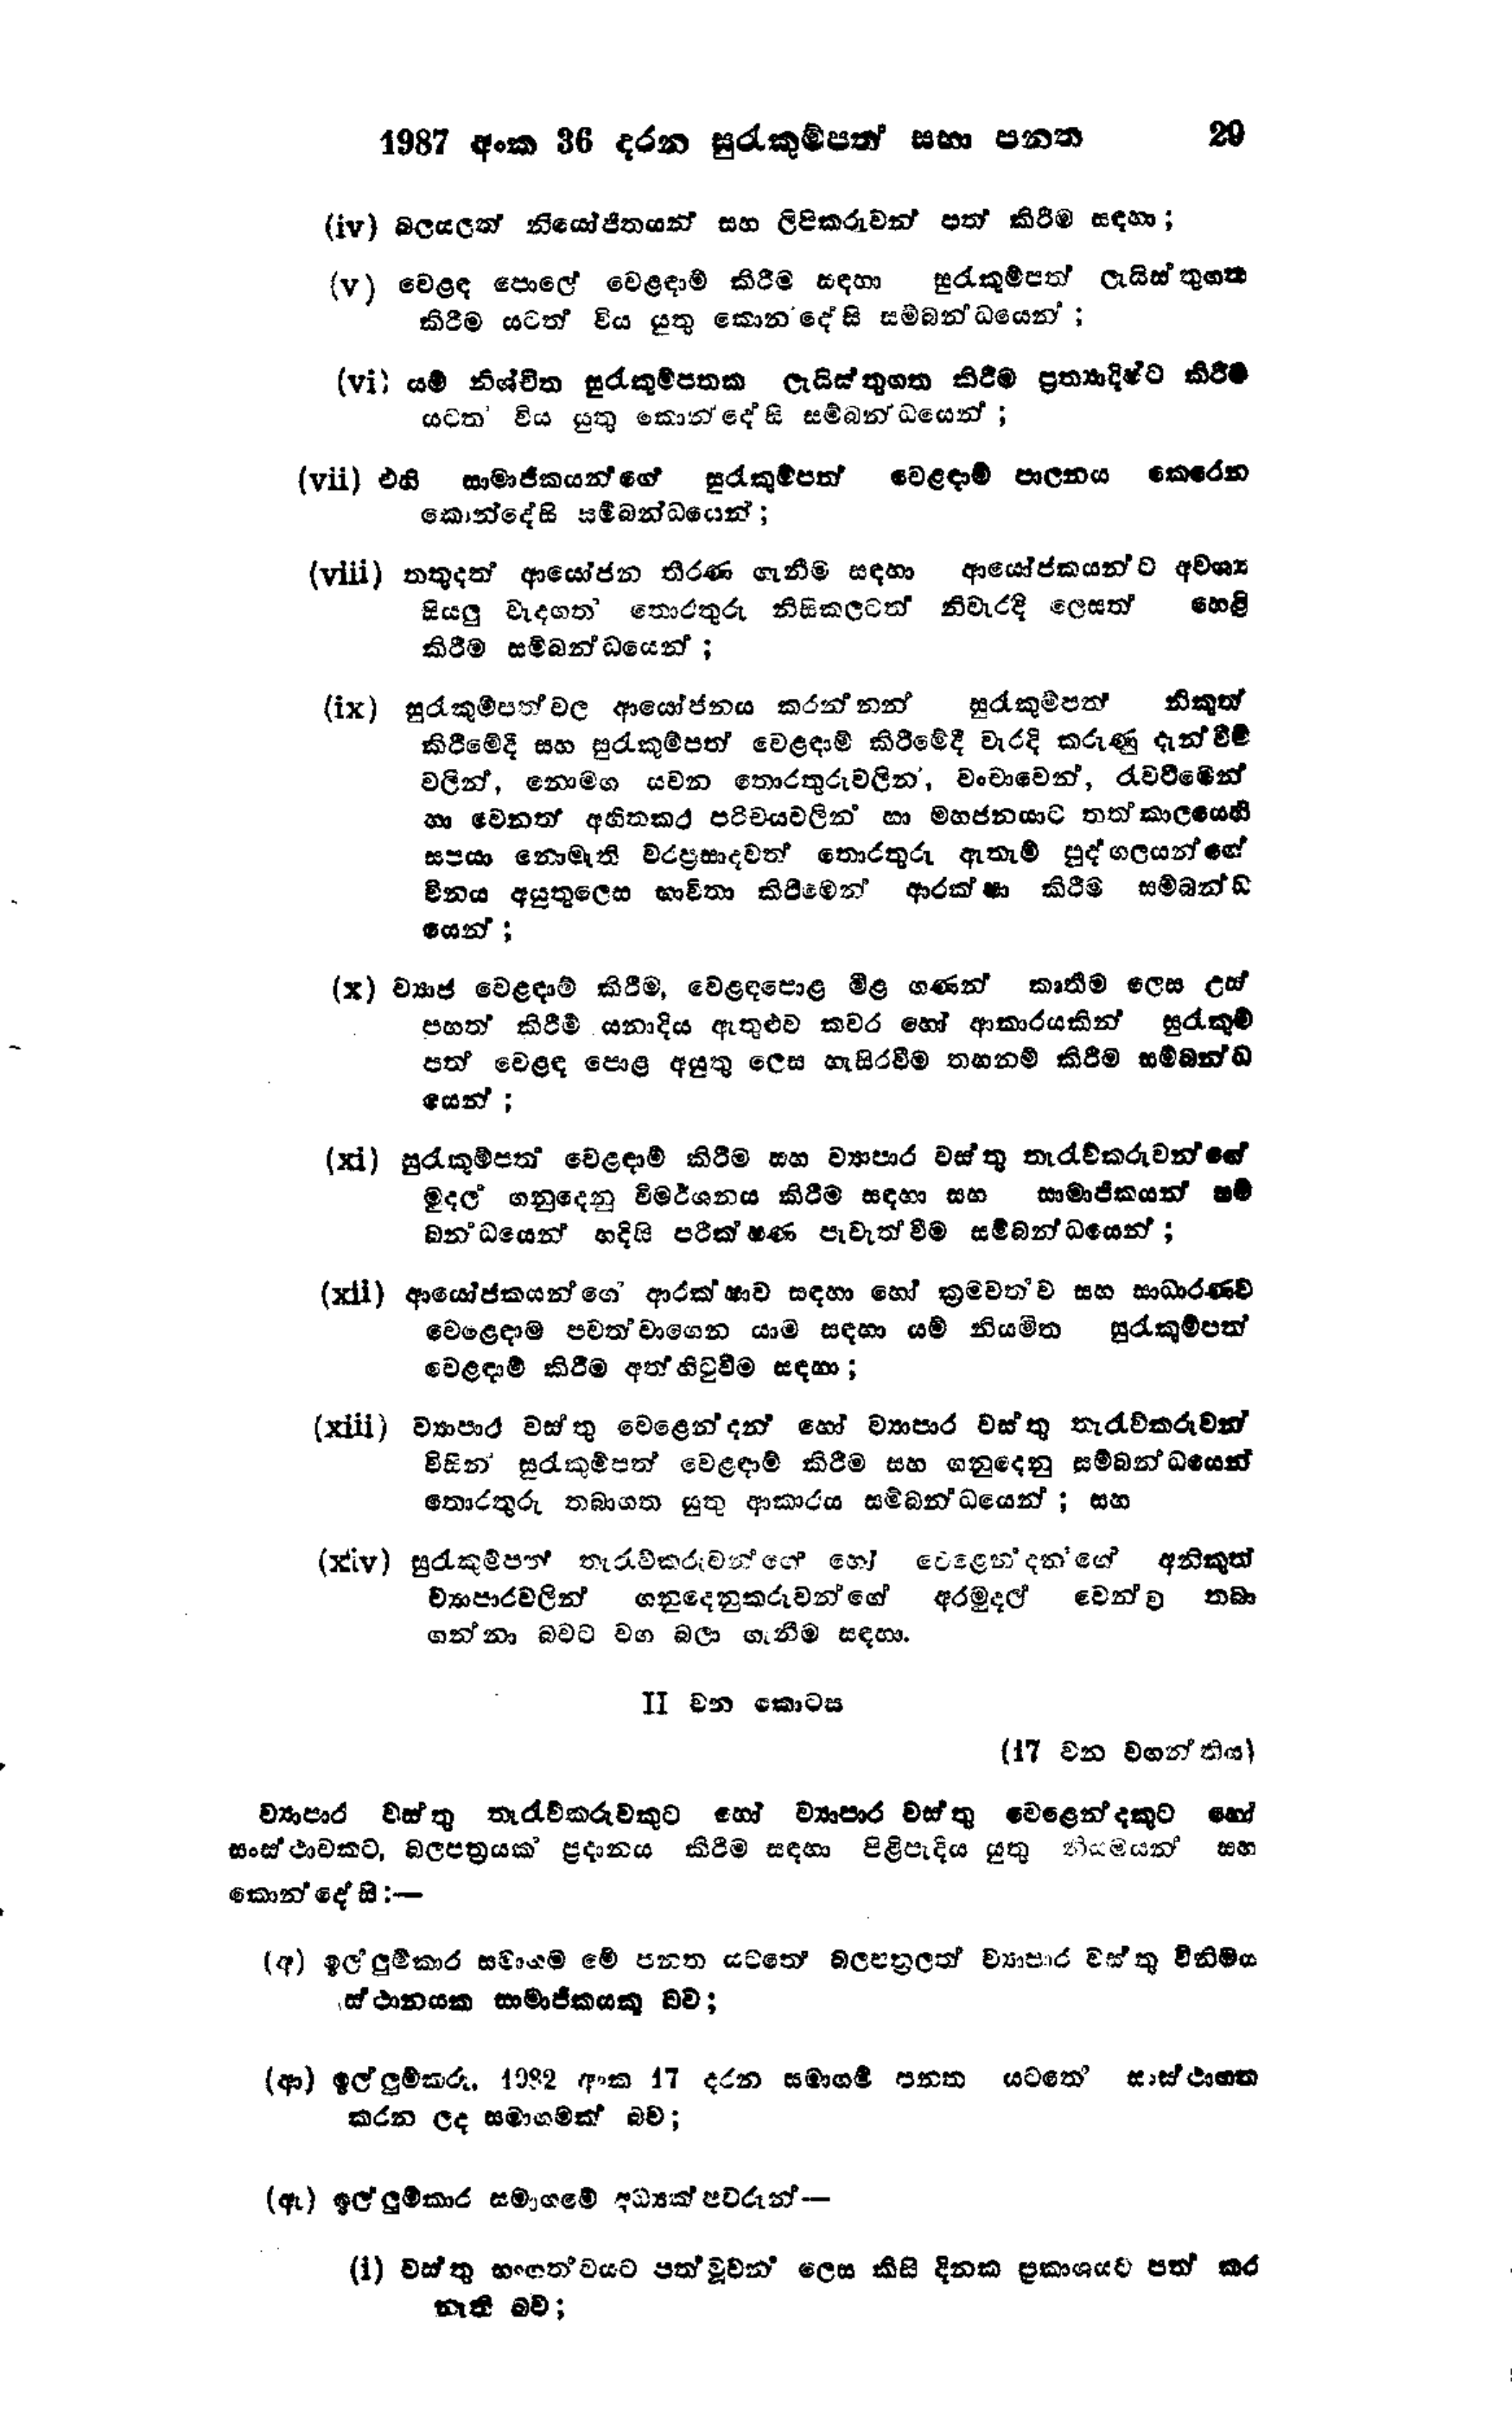
1987 අංක 36 දරන සුරැකුම්පත් සභා පනත 29

(iv) බලයලත් නියෝජිතයන් සහ ලිපිකරුවන් පත් කිරීම සඳහා;

(v) වෙළඳ පොලේ වෙළඳාම් කිරීම සඳහා සුරැකුම්පත් ලැයිස්තුගත
කිරීම යටත් විය යුතු කොන්දේසි සම්බන්ධයෙන්;

(vi) යම් නිශ්චිත සුරැකුම්පතක ලැයිස්තුගත කිරීම ප්‍රත්‍යාදීෂ්ට කිරීම්
යටත‍් විය යුතු කොන්දේසි සම්බන්ධයෙන්;

(vii) එහි සාමාජිකයන්ගේ සුරැකුම්පත් වෙළඳාම් පාලනය කෙරෙන
කොන්දේසි සම්බන්ධයෙන්;

(viii) තතුදත් ආයෝජන තීරණ ගැනීම සඳහා ආයෝජකයන්ට අවශ්‍ය
සියලු වැදගත් තොරතුරු නිසිකලටත් නිවැරදි ලෙසත් හෙළි
කිරීම සම්බන්ධයෙන්;

(ix) සුරැකුම්පත්වල ආයෝජනය කරන්නන් සුරැකුම්පත් නිකුත්
කිරීමේදී සහ සුරැකුම්පත් වෙළඳාම් කිරීමේදී වැරදි කරුණු දැන්වීම්
වලින්, නොමග යවන තොරතුරු වලින්, වංචාවෙන්, රැවටීමෙන්
හා වෙනත් අහිතකර පරිචයවලින් හා මහජනයාට තත්කාලයෙහි
සපයා නොමැති වරප්‍රසාදවත් තොරතුරු ඇතැම් පුද්ගලයන්ගේ
විනය අයුතු ලෙස භාවිතා කිරීමෙන් ආරක්ෂා කිරීම සම්බන්ධ
යෙන්;

(x) ව්‍යාජ වෙළඳාම් කිරීම, වෙළඳපොළ මිළ ගණන් කෘතිම ලෙස උස්
පහත් කිරීම යනාදිය ඇතුළුව කවර හෝ ආකාරයකින් සුරැකුම්
පත් වෙළඳ පොළ අයුතු ලෙස හැසිරවීම තහනම් කිරීම සම්බන්ධ
යන්;

(xi) සුරැකුම්පත් වෙළඳාම් කිරීම සහ ව්‍යාපාර වස්තු තැරැව්කරුවන්ගේ
මුදල් ගනුදෙනු විමර්ශනය කිරීම සඳහා සහ සාමාජිකයන් සම්
බන්ධයෙන් හදිසි පරීක්ෂණ පැවැත්වීම සම්බන්ධයෙන්;

(xii) ආයෝජකයන්ගේ ආරක්ෂාව සඳහා හෝ ක්‍රමවත්ව සහ සාධාරණව
වෙළෙඳාම පවත්වාගෙන යාම සඳහා යම් නියමිත සුරැකුම්පත්
වෙළඳාම් කිරීම අත් හිටුවීම සඳහා ;

(xiii) ව්‍යාපාර වස්තු වෙළෙන්දන් හෝ ව්‍යාපාර වස්තු තැරැව්කරුවන්
විසින් සුරැකුම්පත් වෙළඳාම් කිරීම සහ ගනුදෙනු සම්බන්ධයෙන්
තොරතුරු තබාගත යුතු ආකාරය සම්බන්ධයෙන්; සහ

(xiv) සුරැකුම්පත් තැරැව්කරුවන්ගේ හෝ වෙළෙන්දන්ගේ අනිකුත්
ව්‍යාපාර වලින් ගනුදෙනුකරුවන්ගේ අරමුදල් වෙන්ව තබා
ගන්නා බවට වග බලා ගැනීම සඳහා.

Ⅱ වන කොටස

(17 වන වගන්තිය)

ව්‍යාපාර වස්තු තැරැව්කරුවකුට හෝ ව්‍යාපාර වස්තු වෙළෙන්දකුට හෝ
සංස්ථාවකට, බලපත්‍රයක ප්‍රදානය කිරීම සඳහා පිළිපැදිය යුතු නියමයන් සහ
කොන්දේසි :-

(අ) ඉල්ලුම්කාර සමාගම මේ පනත යටතේ බලපත්‍රලත් ව්‍යාපාර වස්තු විනිමය
ස්ථානයක සාමාජිකයකු බව;

(ආ) ඉල්ලුම්කරු 1982 අංක 17 දරන සමාගම පනත යටතේ සංස්ථාගත
කරන ලද සමාගමක් බව;

(ඇ) ඉල්ලුම්කාර සමාගමේ අධ්‍යක්ෂවරුන්-

(i) වස්තු භංගත්වයට පත් වූවන් ලෙස කිසි දිනක ප්‍රකාශයට පත් කර
නැති බව;